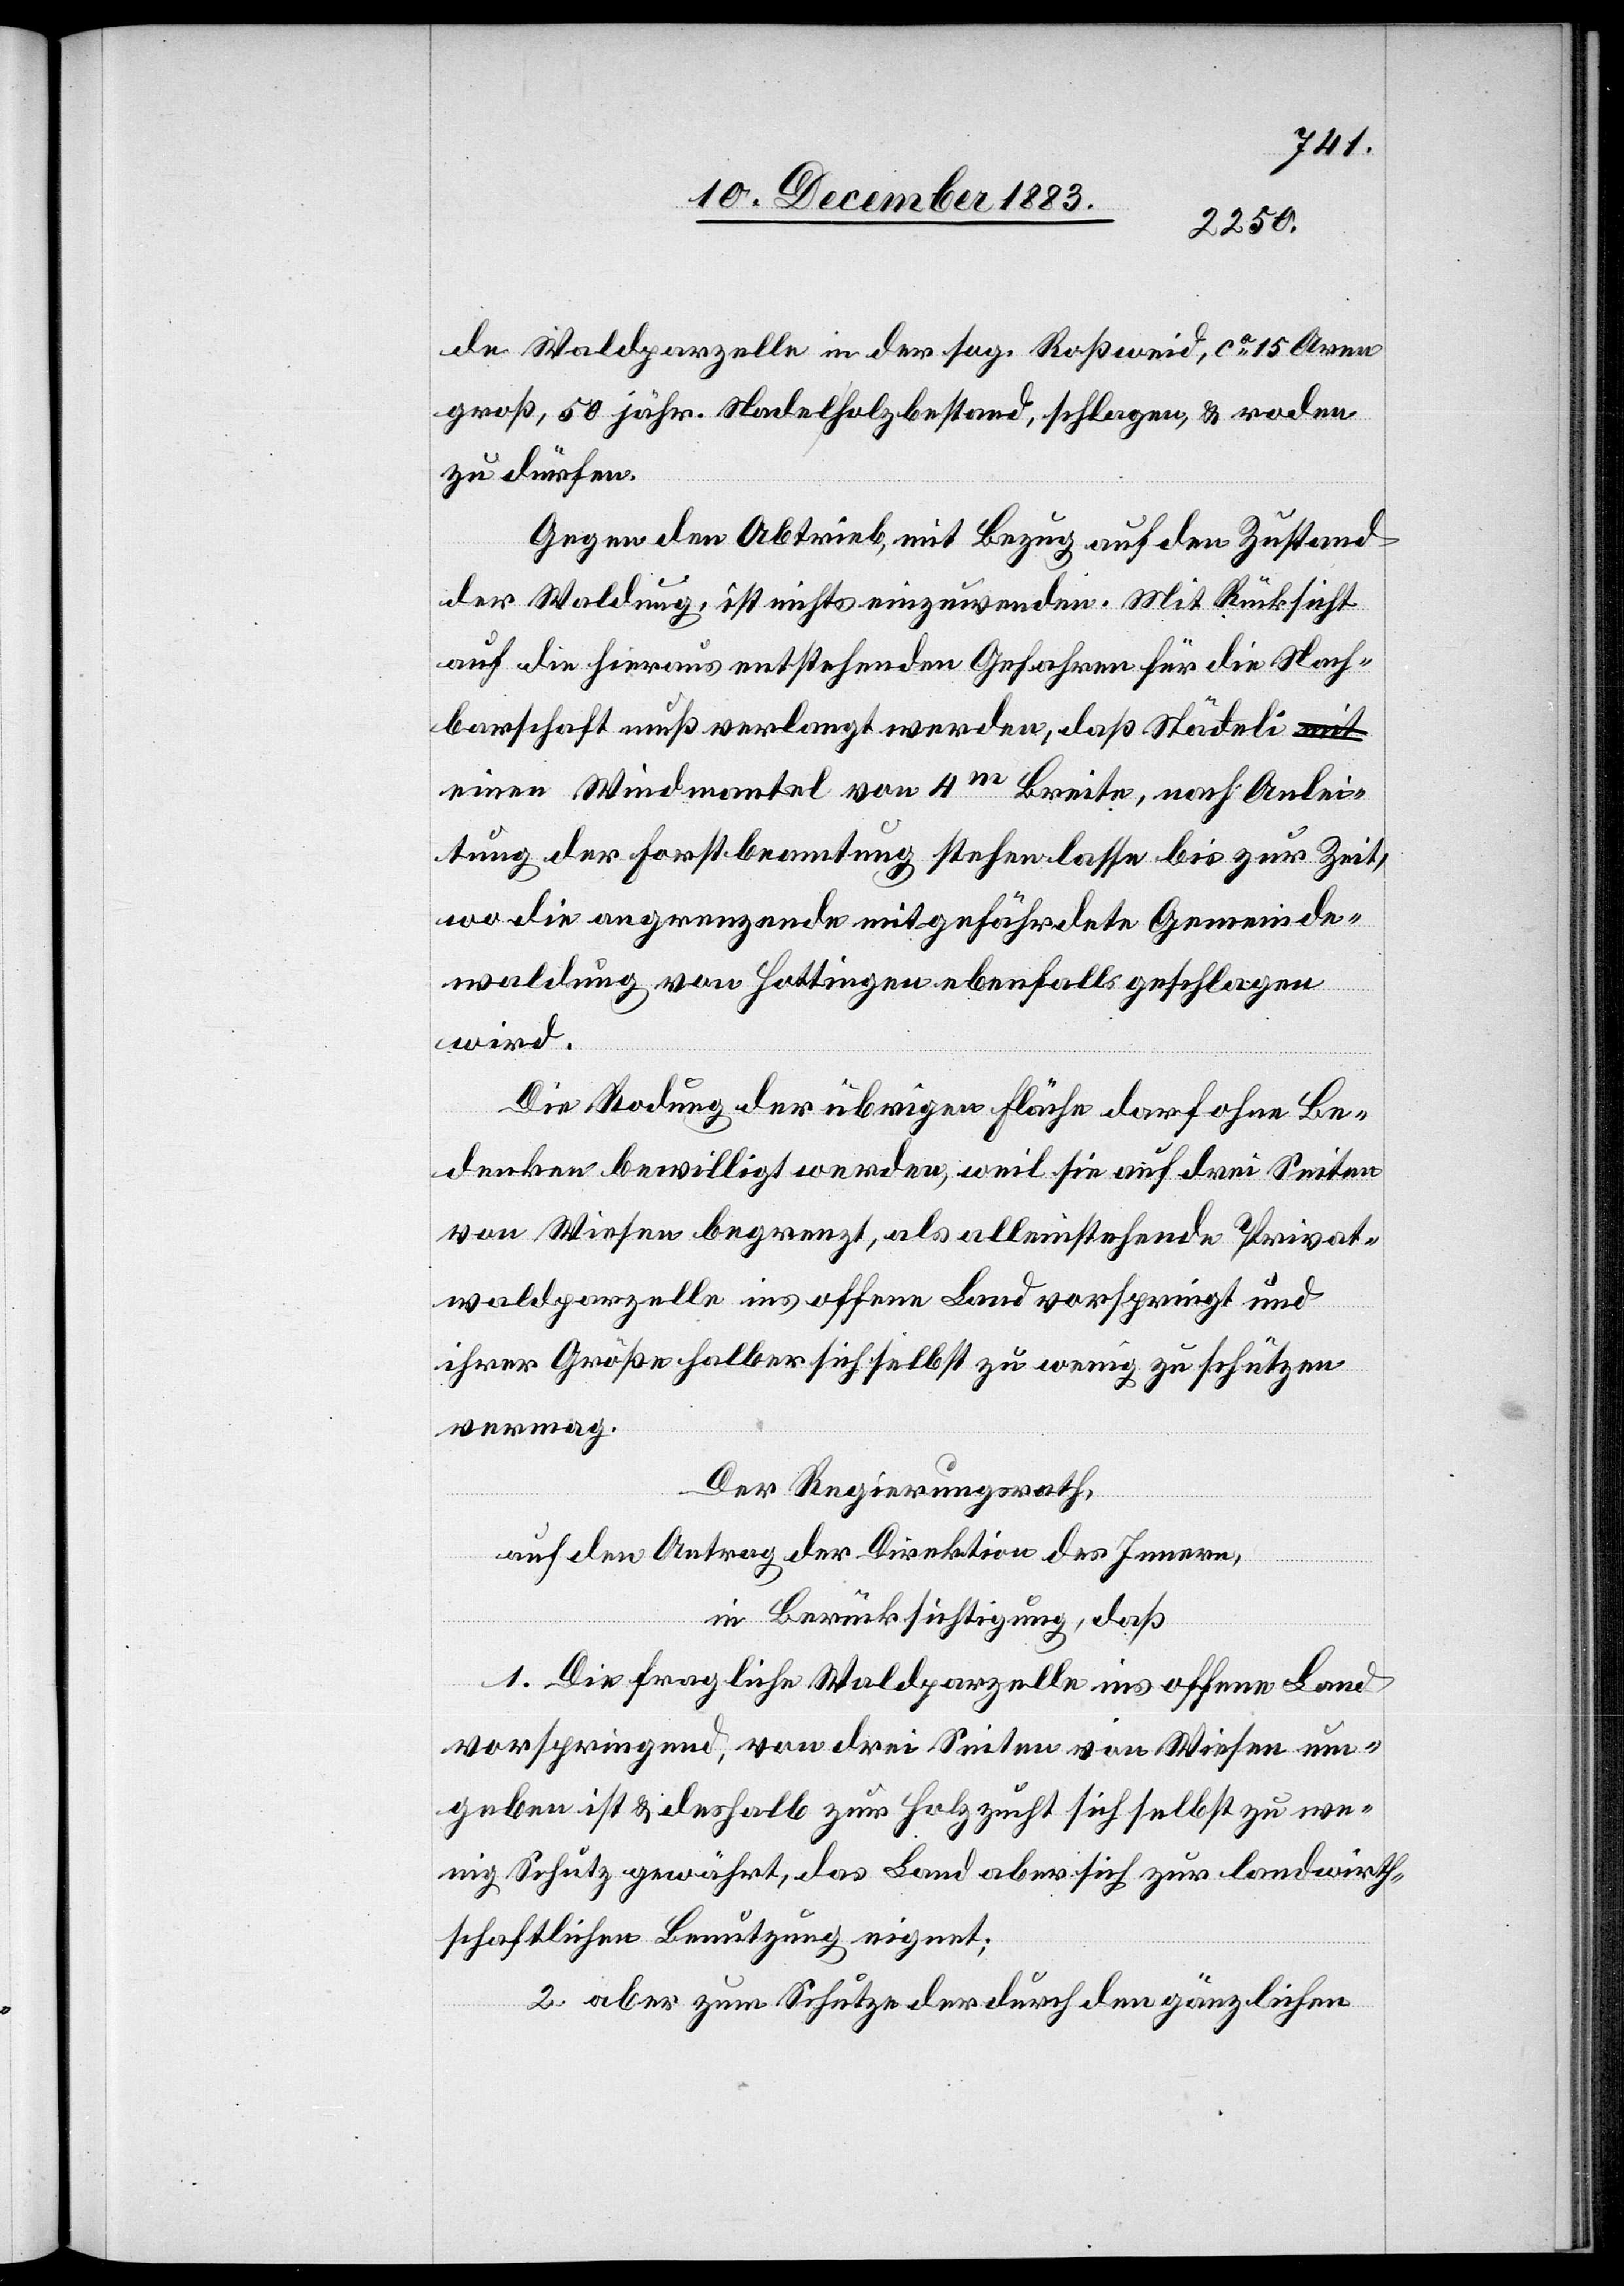
de Waldparzelle in der sog. Roßweid, ca 15 Aren
groß, 50 jähr. Nadelholzbestand, schlagen, & roden
zu dürfen.
Gegen den Abtrieb, mit Bezug auf den Zustand
der Waldung, ist nichts einzuwenden. Mit Rücksicht
auf die hieraus entstehenden Gefahren für die Nach¬
barschaft muß verlangt werden, daß Städeli
einen Windmantel von 4m Breite, nach Anlei¬
tung der Forstbeamtung stehen lasse bis zur Zeit,
wo die angrenzende mitgefährdete Gemeinde¬
waldung von Hottingen ebenfalls geschlagen
wird.
Die Rodung der übrigen Fläche darf ohne Be¬
denken bewilligt werden, weil sie auf drei Seiten
von Wiesen begrenzt, als alleinstehende Privat¬
waldparzelle ins offene Land vorspringt und
ihrer Größe halber sich selbst zu wenig zu schützen
vermag.
Der Regierungsrath,
auf den Antrag der Direktion des Innern,
in Berücksichtigung, daß
1. Die fragliche Waldparzelle ins offene Land
vorspringend, von drei Seiten von Wiesen um¬
geben ist & deshalb zur Holzzucht sich selbst zu we¬
nig Schutz gewährt, das Land aber sich zur landwirth¬
schaftlichen Benutzung eignet;
2. Aber zum Schutze der durch den gänzlichen